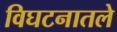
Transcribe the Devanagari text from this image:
विघटनातले